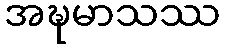
အဍ္ဎမာသဿ